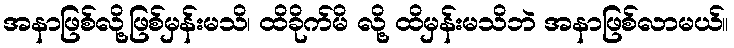
အနာဖြစ်လို့ဖြစ်မှန်းမသိ၊ ထိခိုက်မိ လို့ ထိမှန်းမသိဘဲ အနာဖြစ်လာမယ်။